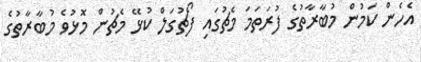
އެހެން ކަމުން މުބާރާތުގެ ފުރަތަމަ މެޗުގައި ފޯޗުގަލް ކުޅޭ މެޗުން މޮޅުވެ މުބާރާތުގެ